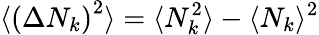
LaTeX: \langle\left(\Delta N_{k}\right)^{2}\rangle=\langle N_{k}^{2}\rangle-\langle N_{k}\rangle^{2}